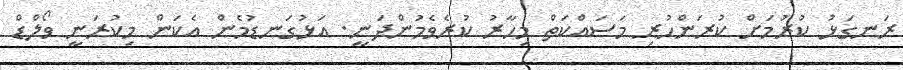
ރަނގަޅު ކުރުމަށް ކުރަންހުރި މަސައްކަތް މިހާރު ކުރެވެމުންދަނީ. އަޅުގަނޑުމެން އެކަން މިކުރަނީ ވޯލްޑް